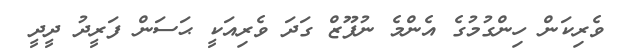
ވެރިކަން ހިންގުމުގެ އެންމެ ނުފޫޒް ގަދަ ވެރިއަކީ ޙަސަން ފަރީދު ދީދީ